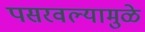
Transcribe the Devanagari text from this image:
पसरवल्यामुळे